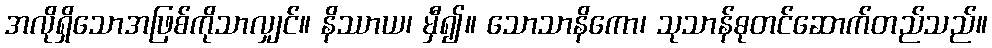
အလိုရှိသောအဖြစ်ကိုသာလျှင်။ နိဿာယ၊ မှီ၍။ သောသာနိကော၊ သုသာန်ဓုတင်ဆောက်တည်သည်။